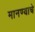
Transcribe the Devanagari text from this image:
मानण्याचे